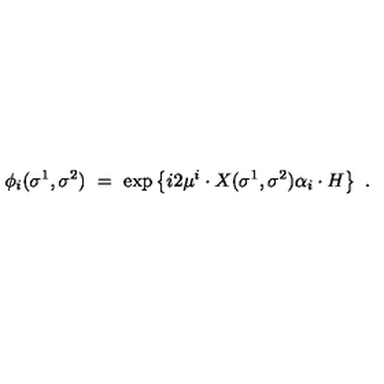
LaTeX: \phi _ { i } ( \sigma ^ { 1 } , \sigma ^ { 2 } ) \ = \ \exp \left\{ i 2 \mu ^ { i } \cdot X ( \sigma ^ { 1 } , \sigma ^ { 2 } ) \alpha _ { i } \cdot H \right\} \ .